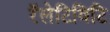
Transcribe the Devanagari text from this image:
रॅलेटिविटि